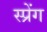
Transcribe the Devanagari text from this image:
स्प्रेंग